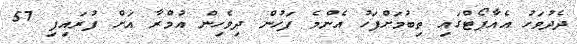
ދެދުވަހު އެއާޕޯޓްގައި ތިބުމަށްފަހު އެންމެ ފަހުން ދިވެހިން އުމްރާ އަށް ފުރައިފި 57